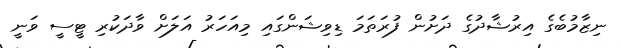
ނިޒާމުބެގެ އިރުޝާދުގެ ދަަށުން ފުރަތަމަ ޑިވިޝަންގައި މިއަހަރު އަލަށް ވާދަކުރި ޓީސީ ވަނީ